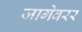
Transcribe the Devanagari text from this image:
जागेवरर